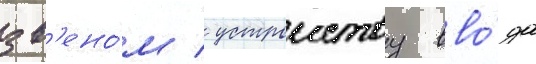
зв'ено́м / устроиству вво́да